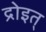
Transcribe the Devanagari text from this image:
द्रोइत्